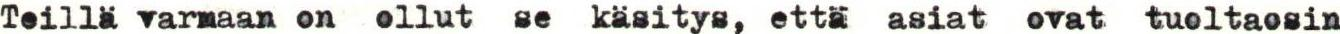
Teillä varmaan on ollut se käsitys, että asiat ovat tuoltaosin